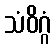
သံဝိဂ္ဂံ